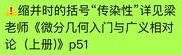
1. 缩并的括号“传染性”详见梁老师《微分几何入门与广义相对》上册 p51